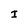
Character: I